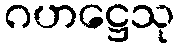
ဂဟဋ္ဌေသု